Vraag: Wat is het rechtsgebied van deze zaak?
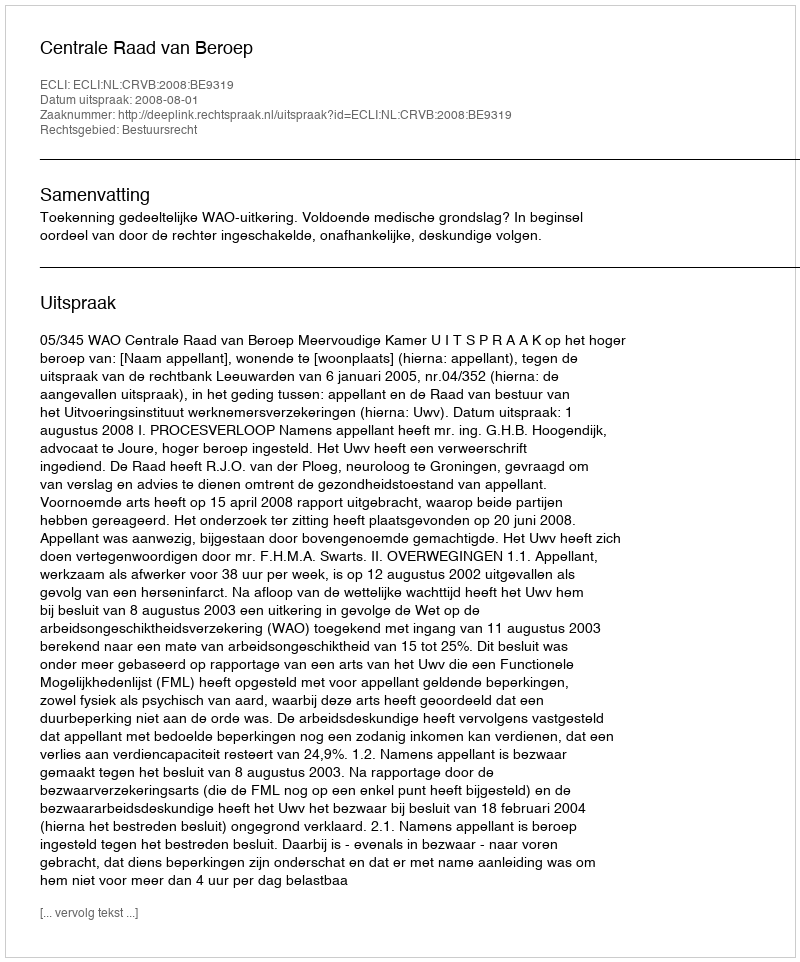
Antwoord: Bestuursrecht